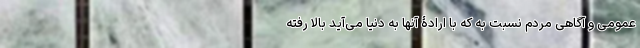
عمومی و آگاهی مردم نسبت به که با ارادۀ آنها به دنیا می‌آید بالا رفته